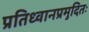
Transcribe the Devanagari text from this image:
प्रतिध्वानप्रमुदितः